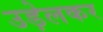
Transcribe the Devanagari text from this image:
उड़ेलकर